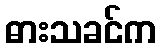
ဓားသခင်က